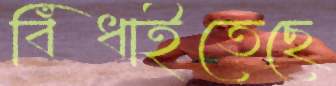
বিঁধাইতেছে